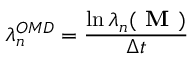
\lambda _ { n } ^ { O M D } = \frac { \ln \lambda _ { n } ( \textbf { M } ) } { \Delta t }